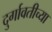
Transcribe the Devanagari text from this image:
दुर्गावतीच्या